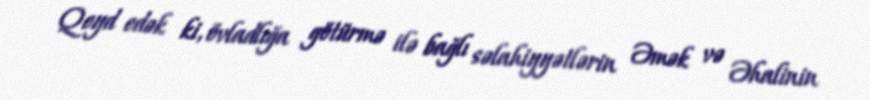
Qeyd edək ki, övladlığa götürmə ilə bağlı səlahiyyətlərin Əmək və Əhalinin